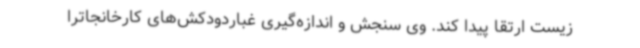
زیست ارتقا پیدا کند. وی سنجش و اندازه‌گیری غباردودکش‌های کارخانجاترا